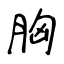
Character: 胸